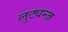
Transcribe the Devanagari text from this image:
लुट्यन्ज़